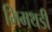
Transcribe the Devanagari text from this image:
भिमथडी